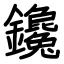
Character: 鑱